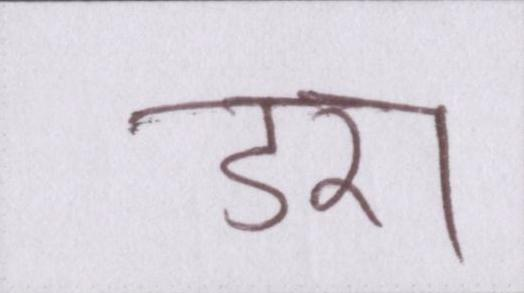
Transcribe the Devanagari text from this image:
डरा